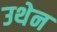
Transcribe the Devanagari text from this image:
उथेन